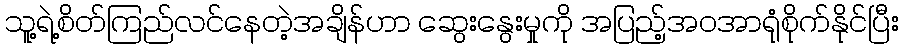
သူ့ရဲ့စိတ်ကြည်လင်နေတဲ့အချိန်ဟာ ဆွေးနွေးမှုကို အပြည့်အဝအာရုံစိုက်နိုင်ပြီး